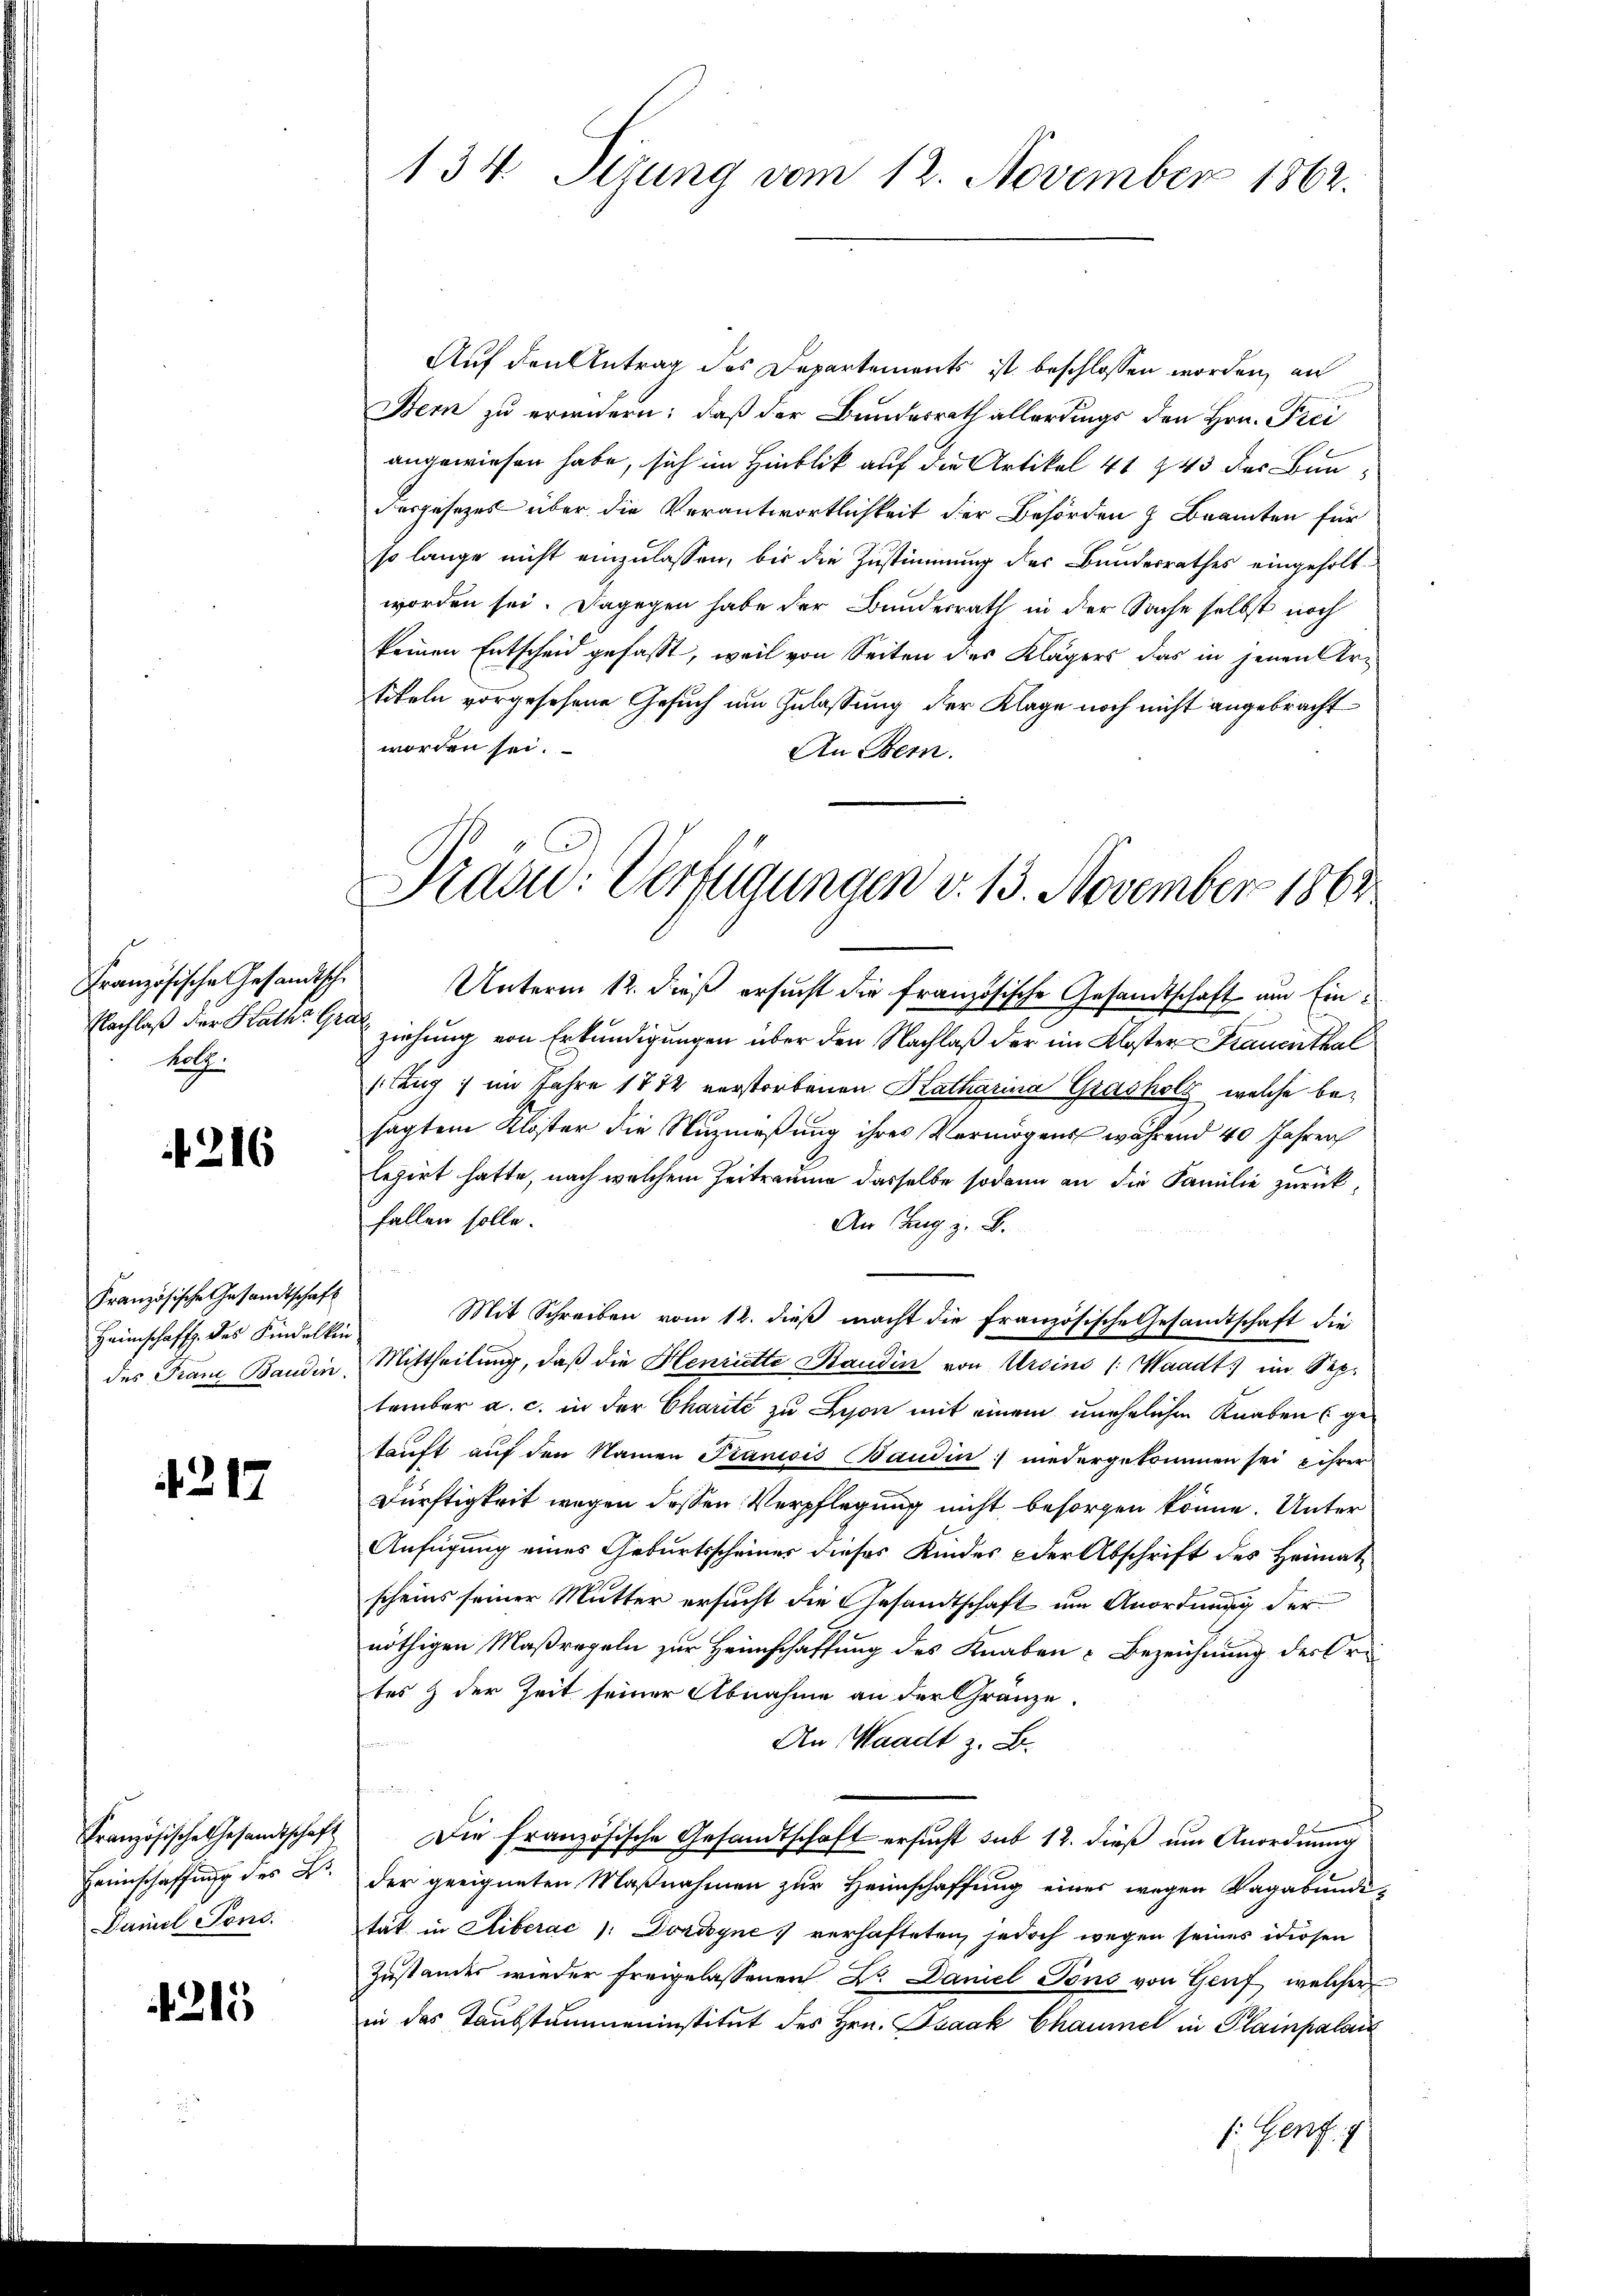
Französische Gesandtsch.
Nachlaß der Katha Grab
Rolz.

216

Französische Gesandtschaft
Heimschafft des Kindelkin

217

Französische Gesandtschaft
Heimschaffung des B
Damel Tons.

215

Auf den Antrag des Departements ist beschlossen worden, an
Bern zu erwendern: daß der Bundesrath allerdings den Hrn. Prei
angewiesen habe, sich im Hinblick auf die Artikel 41 § 43 des Bun-
Fargesezes über die Verantwortlichkeit der Behörden & Beamten für
so lange nicht einzulassen, bis die Zustimmung des Bundesrathes eingeholt
worden sei. Dagegen habe der Bundesrath in der Sache selbst noch
keinen Entscheid gefasst, weil von Seiten des Klägers das in jenen Artikeln vorgesehene Gesuch um Zulassung der Klage noch nicht angebracht
worden sei.
An Bern.

134. Titung vom 12. November 1862.

Piazu: Verfügungen v. 13. November 1862

Unterm 12. dieß ersucht die französische Gesandtschaft um Einziehung von Erkundigungen über den Nachlaß der im Kloster Frauenthal
ang; im Jahre 1872 verstorbenen Katharina Grasholz, welche besagten Klöster die Nuzmaßung ihres Vermögens während 40 Jahren
legirt hatte, nach welchem Zeitraume dasselbe sodann an die Familie zurückfallen solle.
An Zug z. B.
Mit Schreiben vom 12. dieß macht die Französische Gesandtschaft die
des Franz Bandin Mittheilung, daß die Henriette Staudin von Ursins (Waadt) im Sep-
tember a. c. in der Charité zu Lyon mit einem unehelichen Knaben (ge
tauft auf den Namen Pianisis Baudin: niedergekommen sei, u ihrer
Dürftigkeit wegen dessen Verpflegung nicht besorgen könne. Unter
Anfügung eines Geburtsscheiner dieses Kindes oder Abschrift des Heimatscheins seiner Mutter ersucht die Gesandtschaft um Anordnung der
nöthigen Maßregeln zur Heimschaffung des Knaben-Bezeichnung der Ori
tes & der Zeit seiner Abnahme an der Gränze.
An Waadt z. B.
a
Die Französische Gesandtschaft ersucht sub 12. dieß um Anordnung
der geeigneten Maßnahmen zur Heimschaffung eines wegen Vagabundi-
tat in Liberac ): Dordyne, verhafteten, jedoch wegen seines diesen
Zustandes wieder freigelassenen Dr. Daniel Tons von Genf, welcher
in das Taubstummeninstitut des Hrn. Isaak Chaumel in Plainpalais
f: Genz